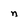
Character: n